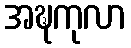
အဍ္ဎကုလာ